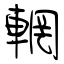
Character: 輞